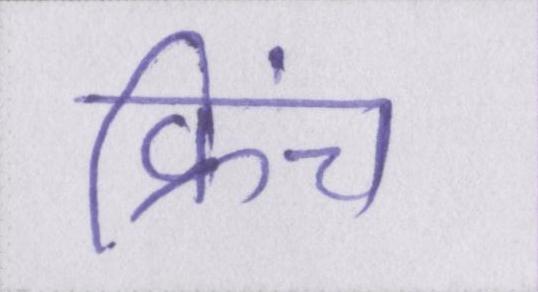
फ्रेंच